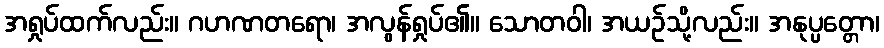
အရှုပ်ထက်လည်း။ ဂဟဏတရော၊ အလွန်ရှုပ်၏။ သောတဝါ၊ အယဉ်သို့လည်း။ အနုပ္ပတ္တော၊